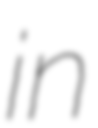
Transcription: in